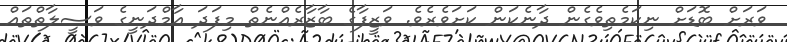
ވަރަށް ބޮޑަށް ނިކަމެތިވެގެން ދާނެކަން ކަށަވެރެވެ. ވަޒީފާގެ ބާޒާރެއްނެތް މިފަދަ އާމްދަނީގެ ވަސީލާތްތައް